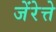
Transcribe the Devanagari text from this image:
जेंरेत्ते